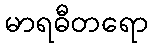
မာရဓီတရော